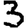
Digit: 3